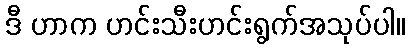
ဒီ ဟာက ဟင်းသီးဟင်းရွက်အသုပ်ပါ။